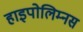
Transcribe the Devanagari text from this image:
हाइपोलिम्नस